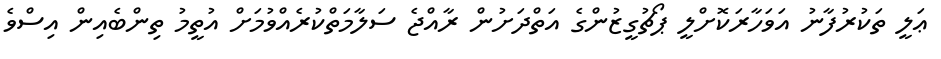
ޢަލީ ތަކުރުފާނު އަވަހާރަކޮށްލީ ޕޯޗުގީޒުންގެ އަތްދަށުން ރާއްޖެ ސަލާމަތްކުރެއްވުމަށް އުތީމު ތިންބެއިން އިސްވެ